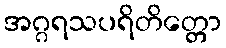
အဂ္ဂရသပရိတိတ္တော